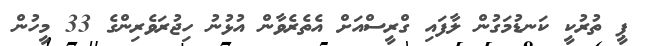
ޕީ ތުރުކީ ކަނޑުމަގުން ލާފައި ގްރީސްއަށް އެތެރެވާން އުޅުނު ހިޖުރަވެރިންގެ 33 މީހުން